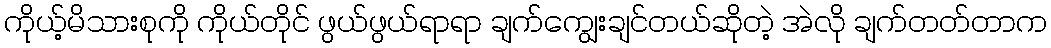
ကိုယ့်မိသားစုကို ကိုယ်တိုင် ဖွယ်ဖွယ်ရာရာ ချက်ကျွေးချင်တယ်ဆိုတဲ့ အဲလို ချက်တတ်တာက